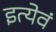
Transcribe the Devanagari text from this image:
इत्येवं